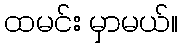
ထမင်း မှာမယ်။